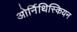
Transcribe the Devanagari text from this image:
ओर्निथिस्कियन